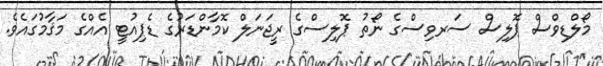
މޯލްޑިވްސް ޕޮލިސް ސަރވިސްގެ ނޯތު ޕޮލިސްގެ ރީޖަނަލް ކޮމާންޑަރުގެ ޑެޕިއުޓީ އެއްގެ މަޤާމުގައެވެ.